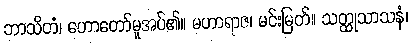
ဘာသိတံ၊ ဟောတော်မူအပ်၏။ မဟာရာဇ၊ မင်းမြတ်။ သတ္ထုသာသနံ၊